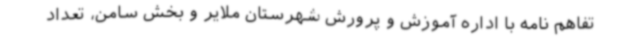
تفاهم نامه با اداره آموزش و پرورش شهرستان ملایر و بخش سامن، تعداد